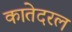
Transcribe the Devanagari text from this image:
कातेदरल